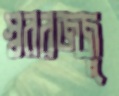
স্বররজ্জু